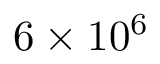
6 \times 1 0 ^ { 6 }